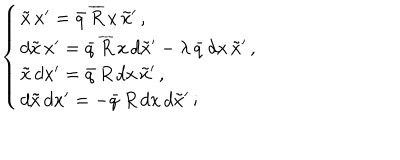
LaTeX: \left\{ \begin{array} { l } { { \tilde { x } \, x ^ { \prime } = \bar { q } \, \overline { { { R } } } \, x \, \tilde { x } ^ { \prime } \, , } } \\ { { d \tilde { x } \, x ^ { \prime } = \bar { q } \, \overline { { { R } } } \, x \, d \tilde { x } ^ { \prime } - \lambda \, \bar { q } \, d x \, \tilde { x } ^ { \prime } \, , } } \\ { { \tilde { x } \, d x ^ { \prime } = \bar { q } \, R \, d x \, \tilde { x } ^ { \prime } \, , } } \\ { { d \tilde { x } \, d x ^ { \prime } = - \bar { q } \, R \, d x \, d \tilde { x } ^ { \prime } \, ; } } \\ \end{array} \right.